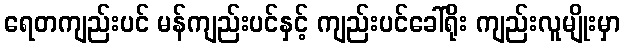
ရေတကျည်းပင် မန်ကျည်းပင်နှင့် ကျည်းပင်ခေါ်ရိုး ကျည်းလူမျိုးမှာ